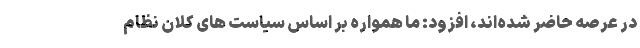
در عرصه حاضر شده‌اند، افزود: ما همواره بر اساس سیاست های کلان نظام